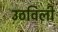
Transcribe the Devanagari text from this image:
उठविली